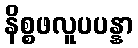
နိစ္စဖလူပပန္နာ